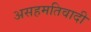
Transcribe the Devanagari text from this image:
असहमतिवादी